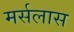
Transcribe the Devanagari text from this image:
मर्सलास